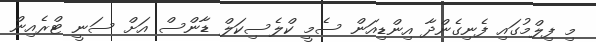
މި ފިލްމުގައި ފެނިގެންދާ އިންޑިއަން ސެމީ ކްލެސިކަލް ޑާންސް އަށް ސަނީ ޓްރެއިން